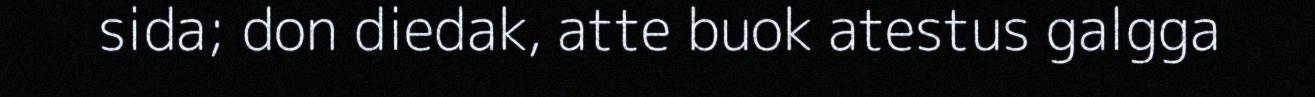
sida; don diedak, atte buok atestus galgga